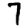
Digit: 7